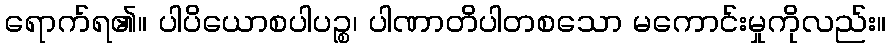
ရောက်ရ၏။ ပါပိယောစပါပဉ္စ၊ ပါဏာတိပါတစသော မကောင်းမှုကိုလည်း။